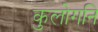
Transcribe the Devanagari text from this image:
कुलोगनि